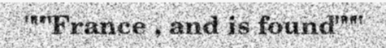
"""France , and is found"""